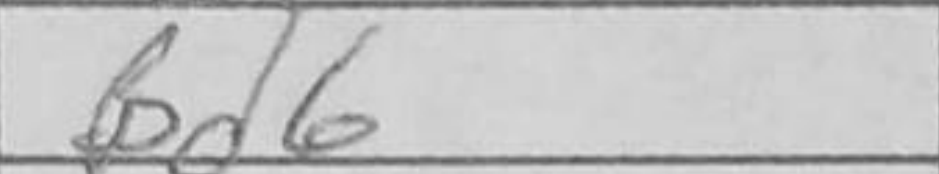
Transcription: Bd6